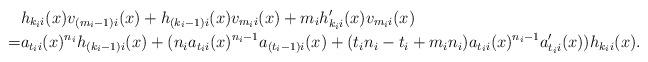
LaTeX: \begin{align*} & h_{k_ii}(x)v_{(m_i-1)i}(x) + h_{(k_i-1)i}(x)v_{m_ii}(x) + m_ih'_{k_ii}(x)v_{m_ii}(x)\\= & a_{t_ii}(x)^{n_i}h_{(k_i-1)i}(x) + (n_ia_{t_ii}(x)^{n_i-1}a_{(t_i-1)i}(x) + (t_in_i-t_i+m_in_i)a_{t_ii}(x)^{n_i-1}a_{t_ii}'(x))h_{k_ii}(x).\end{align*}